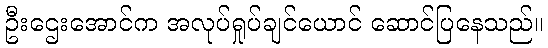
ဦးဌေးအောင်က အလုပ်ရှုပ်ချင်ယောင် ဆောင်ပြနေသည်။